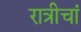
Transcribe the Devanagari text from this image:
रात्रीचां